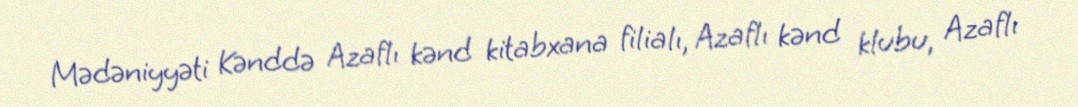
Mədəniyyəti Kənddə Azaflı kənd kitabxana filialı, Azaflı kənd klubu, Azaflı